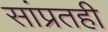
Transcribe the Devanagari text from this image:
सांप्रतही